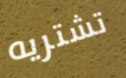
تشتريه